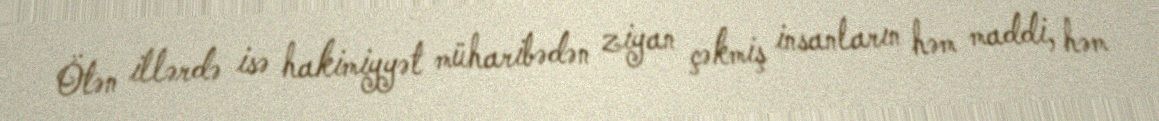
Ötən illərdə isə hakimiyyət müharibədən ziyan çəkmiş insanların həm maddi, həm